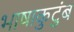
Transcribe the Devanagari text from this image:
भाषाकुटुंब